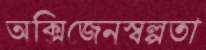
অক্সিজেনস্বল্পতা